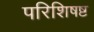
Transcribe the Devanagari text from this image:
परिशिषष्ट